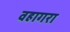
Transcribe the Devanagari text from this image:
वहागरा